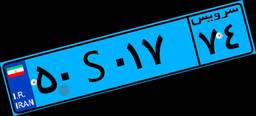
۵۰S۰۱۷۷۴